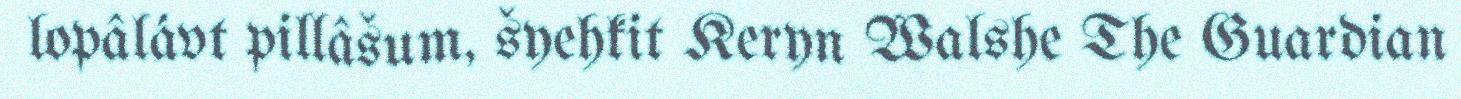
lopâlávt pillâšum, šyehkit Keryn Walshe The Guardian